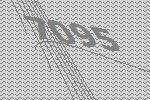
7095